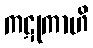
ကဋုကာဟိ